Report on horse surra - Volume I
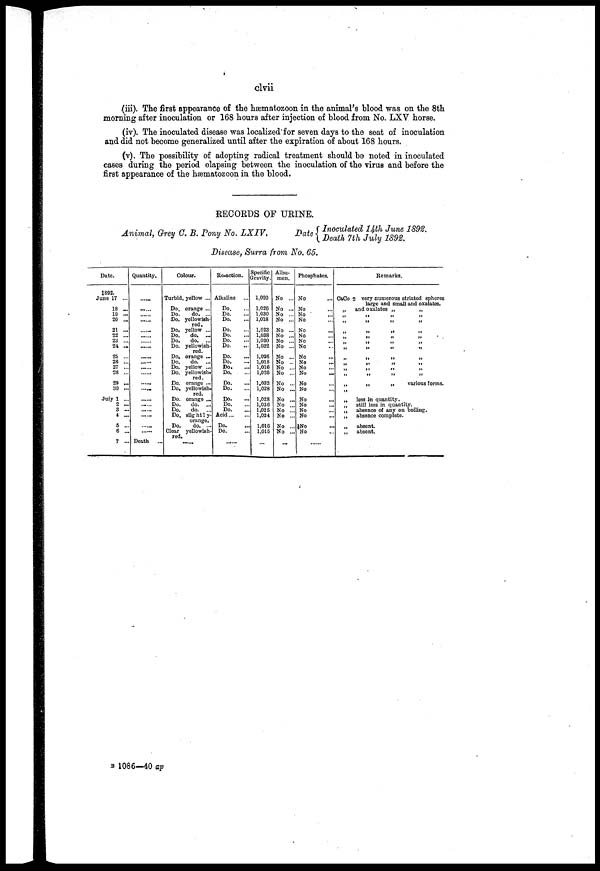
clvii
(iii). The first appearance of the hæmatozoon in the animal's blood was on the 8th
morning after inoculation or 168 hours after injection of blood from No. LXV horse.
(iv). The inoculated disease was localized for seven days to the seat of inoculation
and did not become generalized until after the expiration of about 168 hours.
(v). The possibility of adopting radical treatment should be noted in inoculated
cases during the period elapsing between the inoculation of the virus and before the
first appearance of the hæmatozoon in the blood.
RECORDS OF URINE.
Animal, Grey C. B. Pony No. IXIV.
Date{ Inoculated 14th June 1892. Di sease, Surra from No. 65.
Date.
1892.
June 17 ...
18 ...
19 ...
20 ...
21 ...
22 ...
23 ...
24 .,
25 ...
26 ...
27 ...
28 ...
29 ...
30 ...
July 1 ...
2 ...
3 ...
4 ...
5 ...
6 ......
7 ...
Quantity.
......
......
......
......
......
......
......
......
......
......
......
......
......
......
......
......
......
......
......
Death
...
Colour.
Turbid,
Do.
Do.
Do.
Do.
Do.
Do.
Do.
Do.
Do.
Do.
Do.
Do.
Do.
Do.
Do.
Do.
Do.
Do.
Clear
red.
......
yellow ...
orange ...
do. ...
yellowish-
red.
yellow ...
do. ...
do. ...
yellowish-
red.
orange ...
do. ...
yellow ...
yellowish-
red.
orange ...
yellowish-
red.
orange ...
do. ...
do. ...
slight1y-
orange.
do. ...
yellowish-
......
Re-action.
Alkaline
Do.
Do.
Do.
Do.
Do.
Do.
Do.
Do.
Do.
Do.
Do,
Do.
Do.
Do.
Do.
Do.
Acid
Do.
Do.
......
Specific
Gravity.
1,020
1,026
1,030
1,018
1,023
1,038
1,030
1,032
1,026
1,018
1,016
1,026
1,032
1,028
1,028
1,036
1,025
1,024
1,016
1,015
......
Albu-
men.
No ...
No ...
No ...
No ...
No ...
No ...
No ...
No ...
No ...
No ...
No ...
No ...
No ...
No ...
No ...
No ...
No ...
No ...
No ...
No ...
...
Phosphates.
No
No
No
...
No
No
No
No
No
No
No
No
No
No
No
No
No
No
No
No
No
......
Remarks.
CaCo3 very numerous striated spheres
large and small and oxalates.
„
and oxalates „
„
„ „ „ „
„ „ „ „
„ „ „ „
„ „ „ „
„ „ „ „
„ „ „ „
„ „ „
„ „ „ „ „
„ „ „ „ „
„ „ „ „
„
„
„
various forms.
„ „ „ „ „
„
less in quantity.
„
still less in quantity.
„
absence of any on boiling.
„
absence complete.
„
absent.
„
absent.